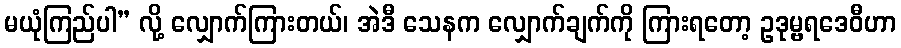
မယုံကြည်ပါ” လို့ လျှောက်ကြားတယ်၊ အဲဒီ သေနက လျှောက်ချက်ကို ကြားရတော့ ဥဒုမ္ဗရဒေဝီဟာ